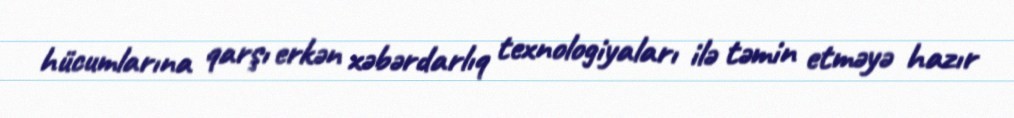
hücumlarına qarşı erkən xəbərdarlıq texnologiyaları ilə təmin etməyə hazır